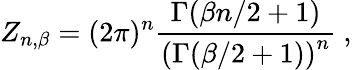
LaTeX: Z_{n,\beta}=(2\pi)^{n}{\frac{\Gamma(\beta n/2+1)}{\left(\Gamma(\beta/2+1)\right)^{n}}}~,